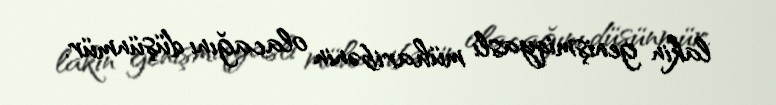
lakin genişmiqyaslı müharibənin olacağını düşünmür.